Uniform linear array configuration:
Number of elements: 12
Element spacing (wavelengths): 1
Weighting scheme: hann
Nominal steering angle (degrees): -30
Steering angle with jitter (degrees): -31.54
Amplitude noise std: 0.05
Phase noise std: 0.05

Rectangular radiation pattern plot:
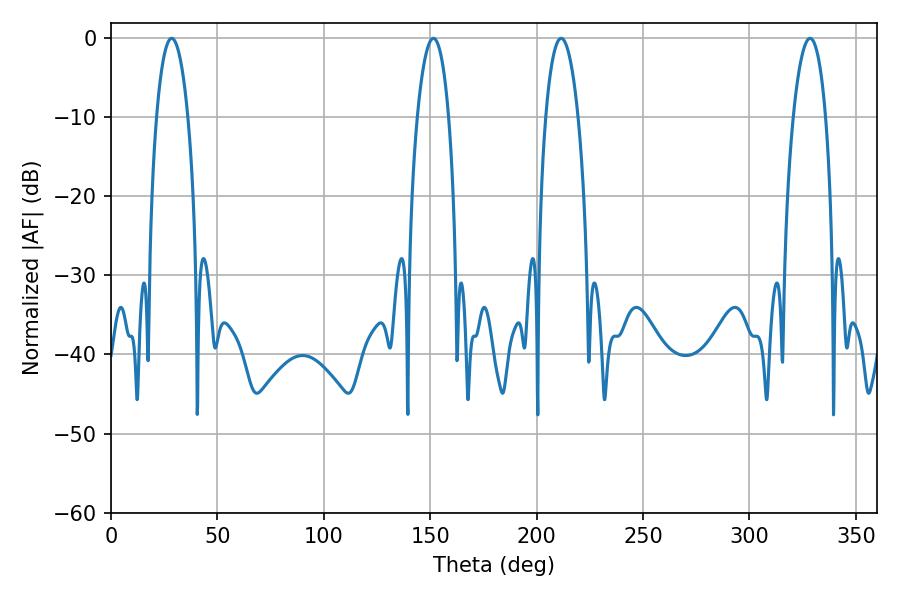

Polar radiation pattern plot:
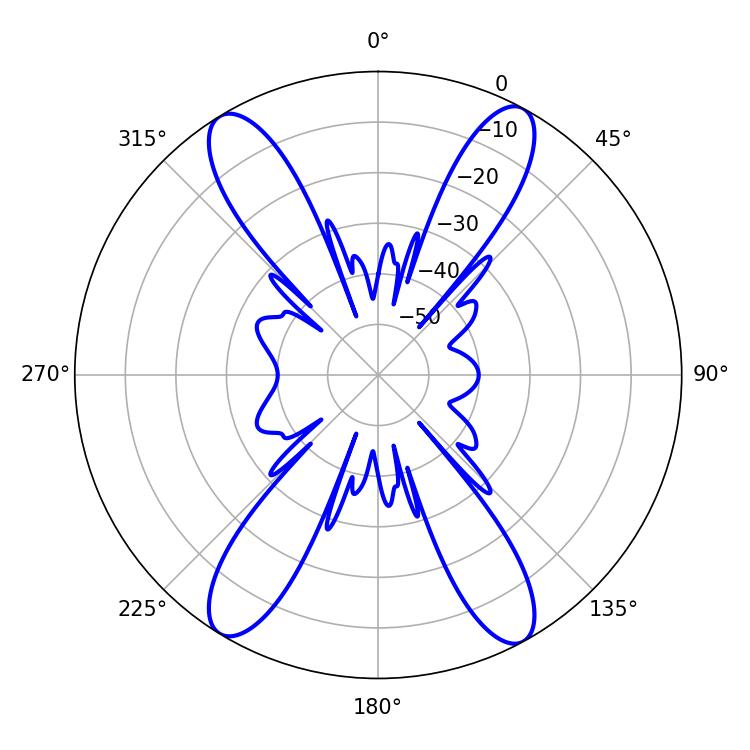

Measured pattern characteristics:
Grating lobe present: TRUE
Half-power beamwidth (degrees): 8.46
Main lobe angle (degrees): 211.5